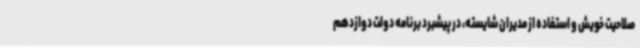
صلاحیت خویش و استفاده از مدیران شایسته، در پیشبرد برنامه دولت دوازدهم